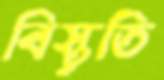
বিস্তৃতি